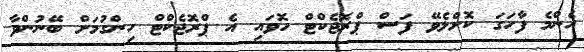
އެންމެ ފާހަގަ ކޮށްލެވޭ ފަސް ޕްރޮޖެކްޓް ހޮވައި އެ ޕްރޮޖެކްޓް ހިންގުމަށް ބޭނުންވާ